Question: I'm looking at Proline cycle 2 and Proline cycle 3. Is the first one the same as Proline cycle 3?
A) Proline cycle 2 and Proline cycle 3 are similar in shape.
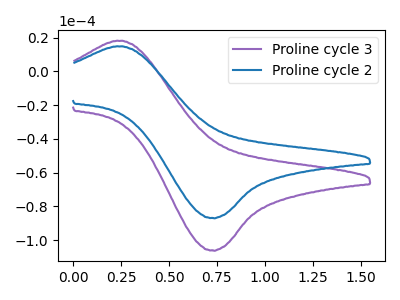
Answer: <think>The purple curve "Proline cycle 3" has an anodic peak at (0.25V, 18.25uA) and a cathodic peak at (0.70V, -106.15uA). The blue curve "Proline cycle 2" has an anodic peak at (0.25V, 14.95uA) and a cathodic peak at (0.70V, -86.95uA).
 All the peaks in "Proline cycle 2" have a peak in "Proline cycle 3" at the same potential. Every peak in "Proline cycle 2" is lower than every peak in "Proline cycle 3".</think>
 <answer>A) "Proline cycle 2" and "Proline cycle 3" are similar in shape.</answer>
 <eval>A</eval>